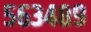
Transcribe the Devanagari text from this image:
५६३४८९